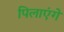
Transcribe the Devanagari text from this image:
पिलाएंगे